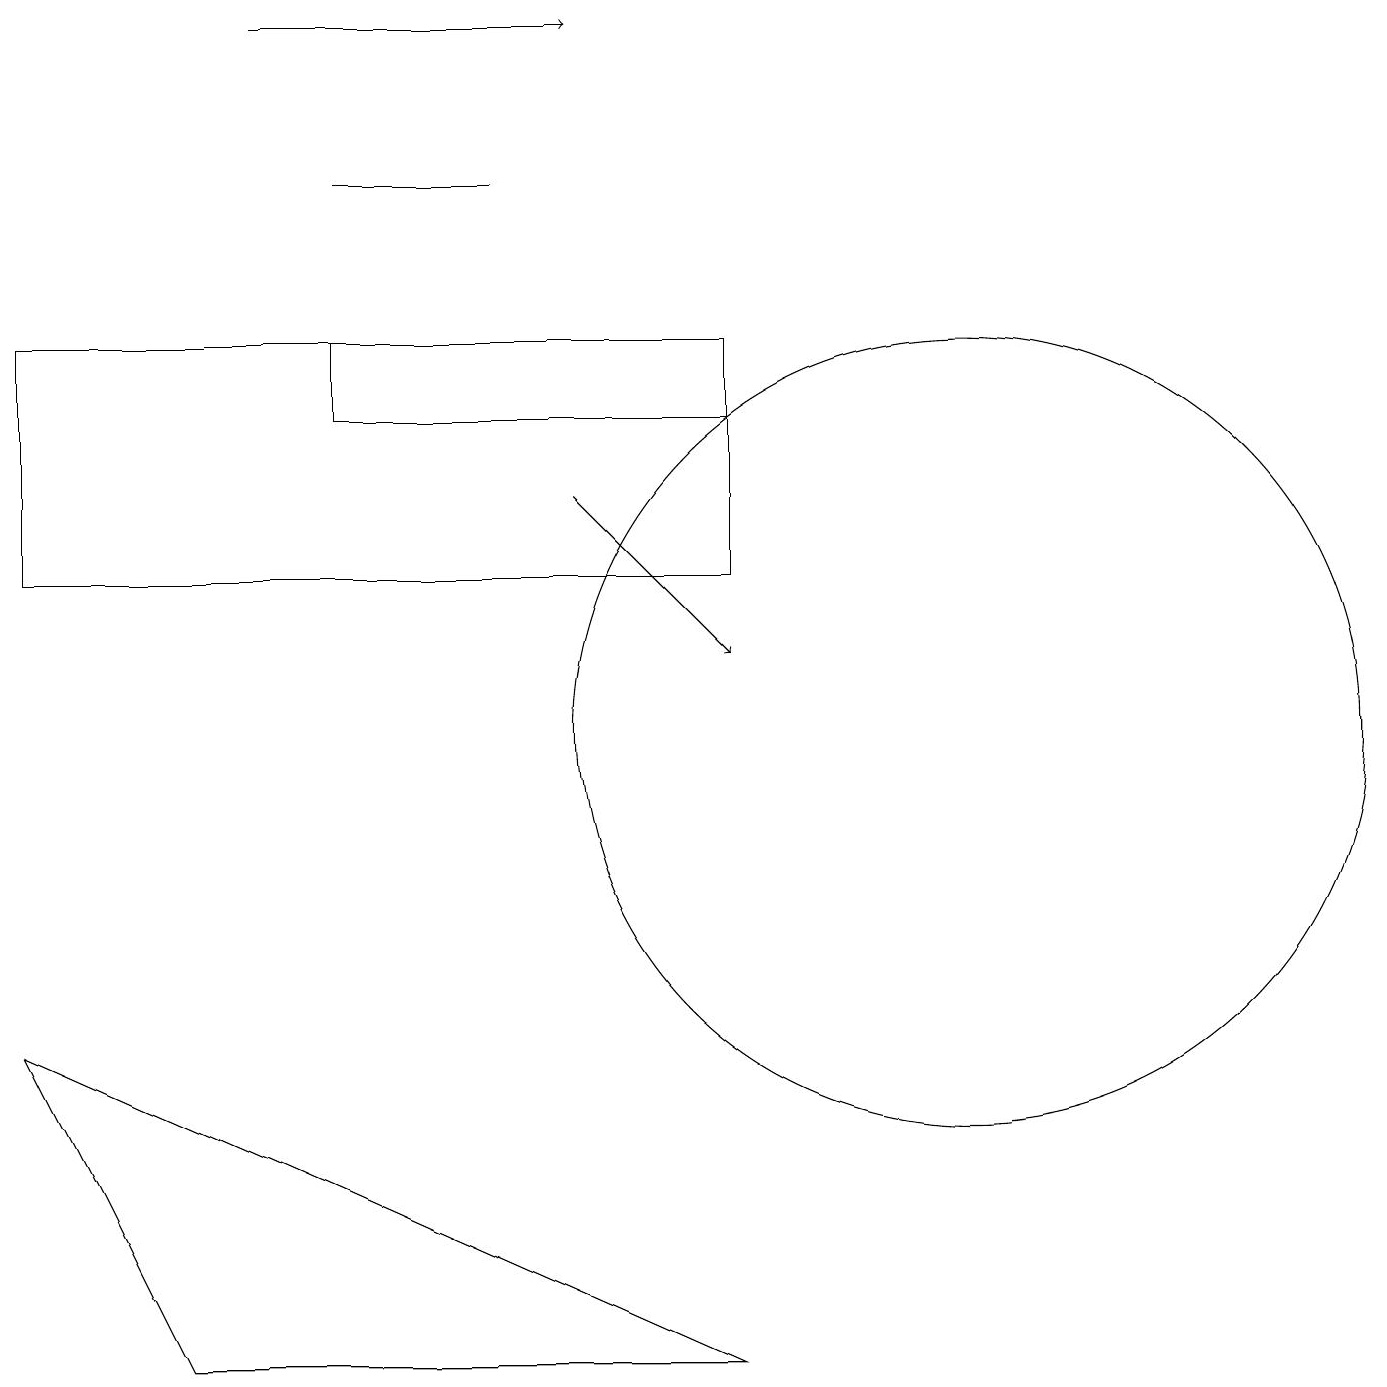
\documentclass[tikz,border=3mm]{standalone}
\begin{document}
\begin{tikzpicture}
\draw (4,15) rectangle (9,14);
\draw[->] (7,13) -- (9,11);
\draw (9,2) -- (2,2) -- (0,6) -- cycle;
\draw (4,17) rectangle (6,17);
\draw[->] (3,19) -- (7,19);
\draw (12,10) circle (5);
\draw (9,12) rectangle (0,15);
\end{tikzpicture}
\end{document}